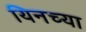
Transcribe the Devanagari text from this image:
यिनच्या